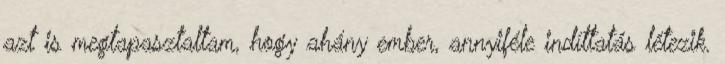
azt is megtapasztaltam, hogy ahány ember, annyiféle indíttatás létezik.